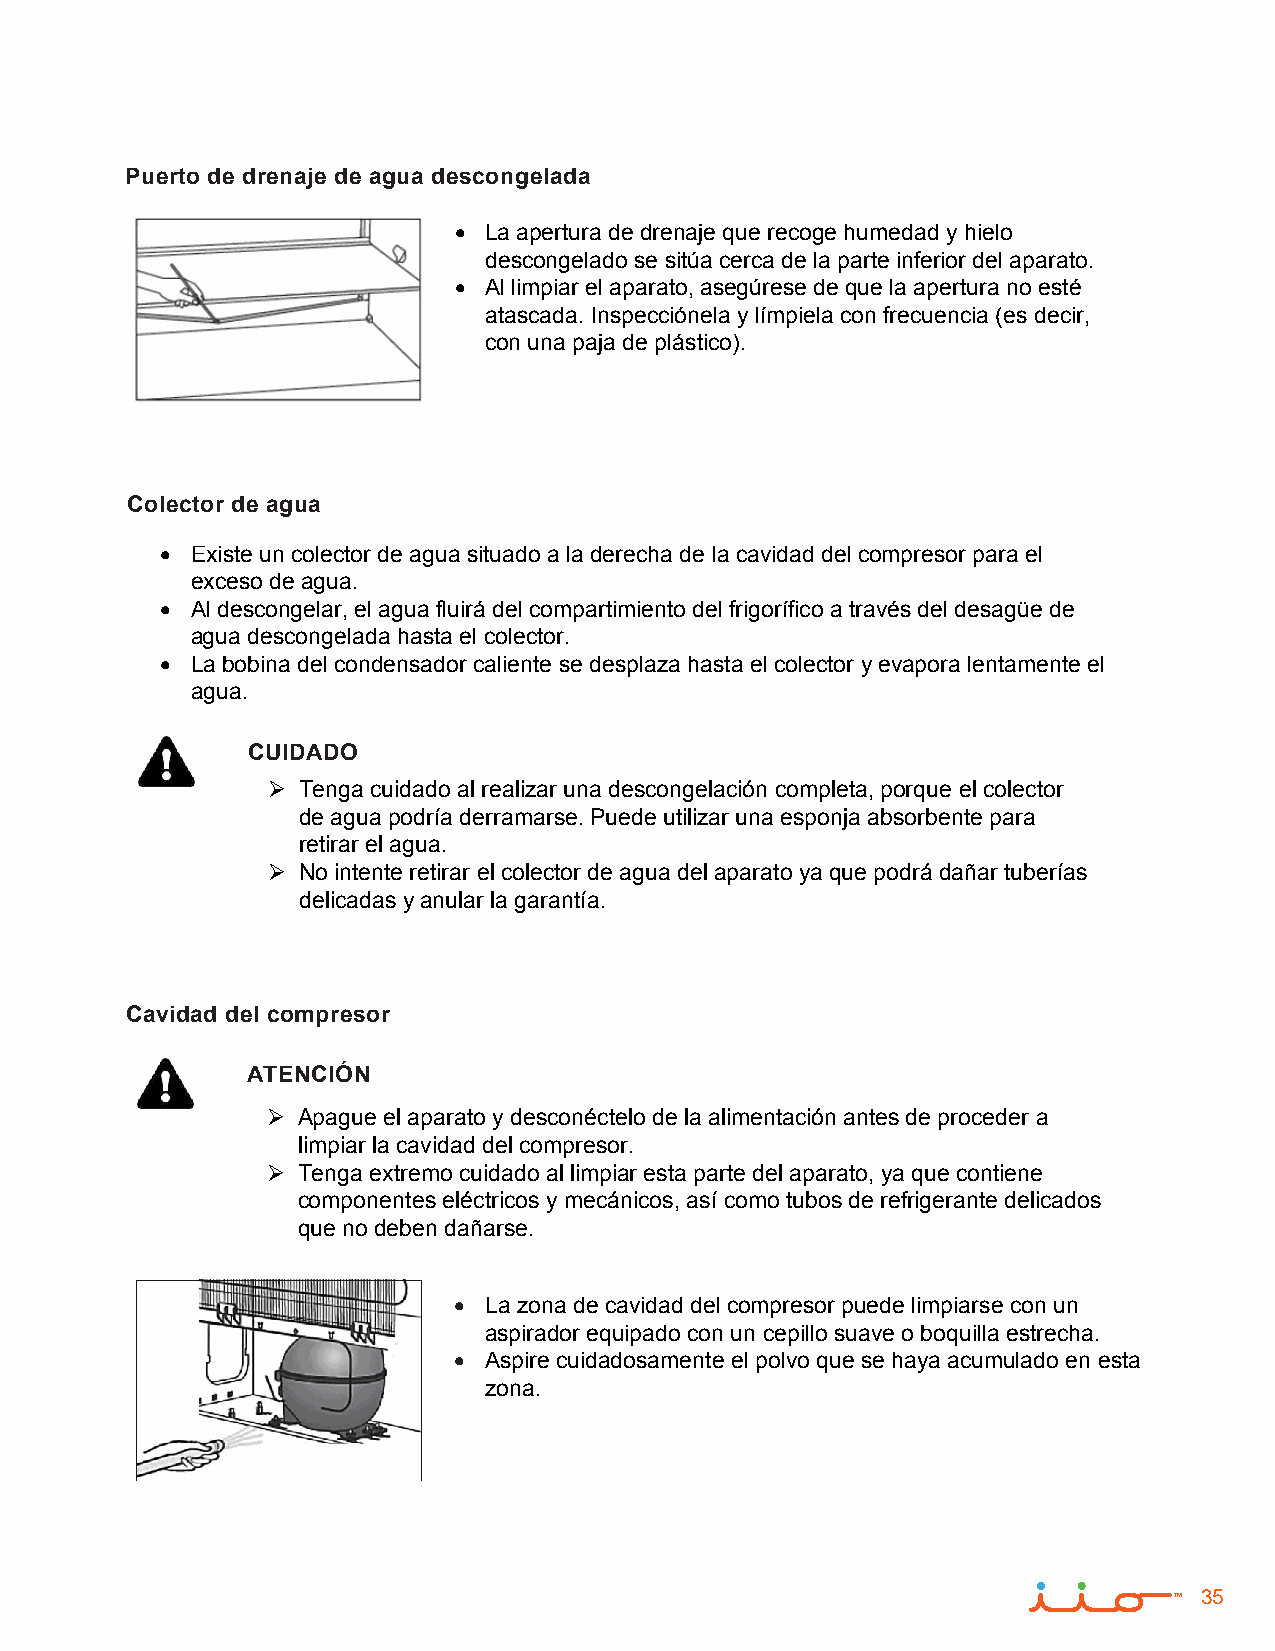
Puerto de drenaje de agua descongelada
 • La apertura de drenaje que recoge humedad y hielo
 descongelado se sitúa cerca de la parte inferior del aparato.
 • Al limpiar el aparato, asegúrese de que la apertura no esté
 atascada. Inspecciónela y límpiela con frecuencia (es decir,
 con una paja de plástico).
 Colector de agua
 • Existe un colector de agua situado a la derecha de la cavidad del compresor para el
 exceso de agua.
 • Al descongelar, el agua fluirá del compartimiento del frigorífico a través del desagüe de
 agua descongelada hasta el colector.
 • La bobina del condensador caliente se desplaza hasta el colector y evapora lentamente el
 agua.
 CUIDADO
  Tenga cuidado al realizar una descongelación completa, porque el colector
 de agua podría derramarse. Puede utilizar una esponja absorbente para
 retirar el agua.
  No intente retirar el colector de agua del aparato ya que podrá dañar tuberías
 delicadas y anular la garantía.
 Cavidad del compresor
 ATENCIÓN
  Apague el aparato y desconéctelo de la alimentación antes de proceder a
 limpiar la cavidad del compresor.
  Tenga extremo cuidado al limpiar esta parte del aparato, ya que contiene
 componentes eléctricos y mecánicos, así como tubos de refrigerante delicados
 que no deben dañarse.
 • La zona de cavidad del compresor puede limpiarse con un
 aspirador equipado con un cepillo suave o boquilla estrecha.
 • Aspire cuidadosamente el polvo que se haya acumulado en esta
 zona.
 35